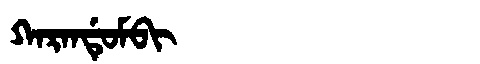
Manchu: ᡴᠠᡵᠠᠨᡩᡠᠮᠪᡳ
Romanization: KARANDUMBI